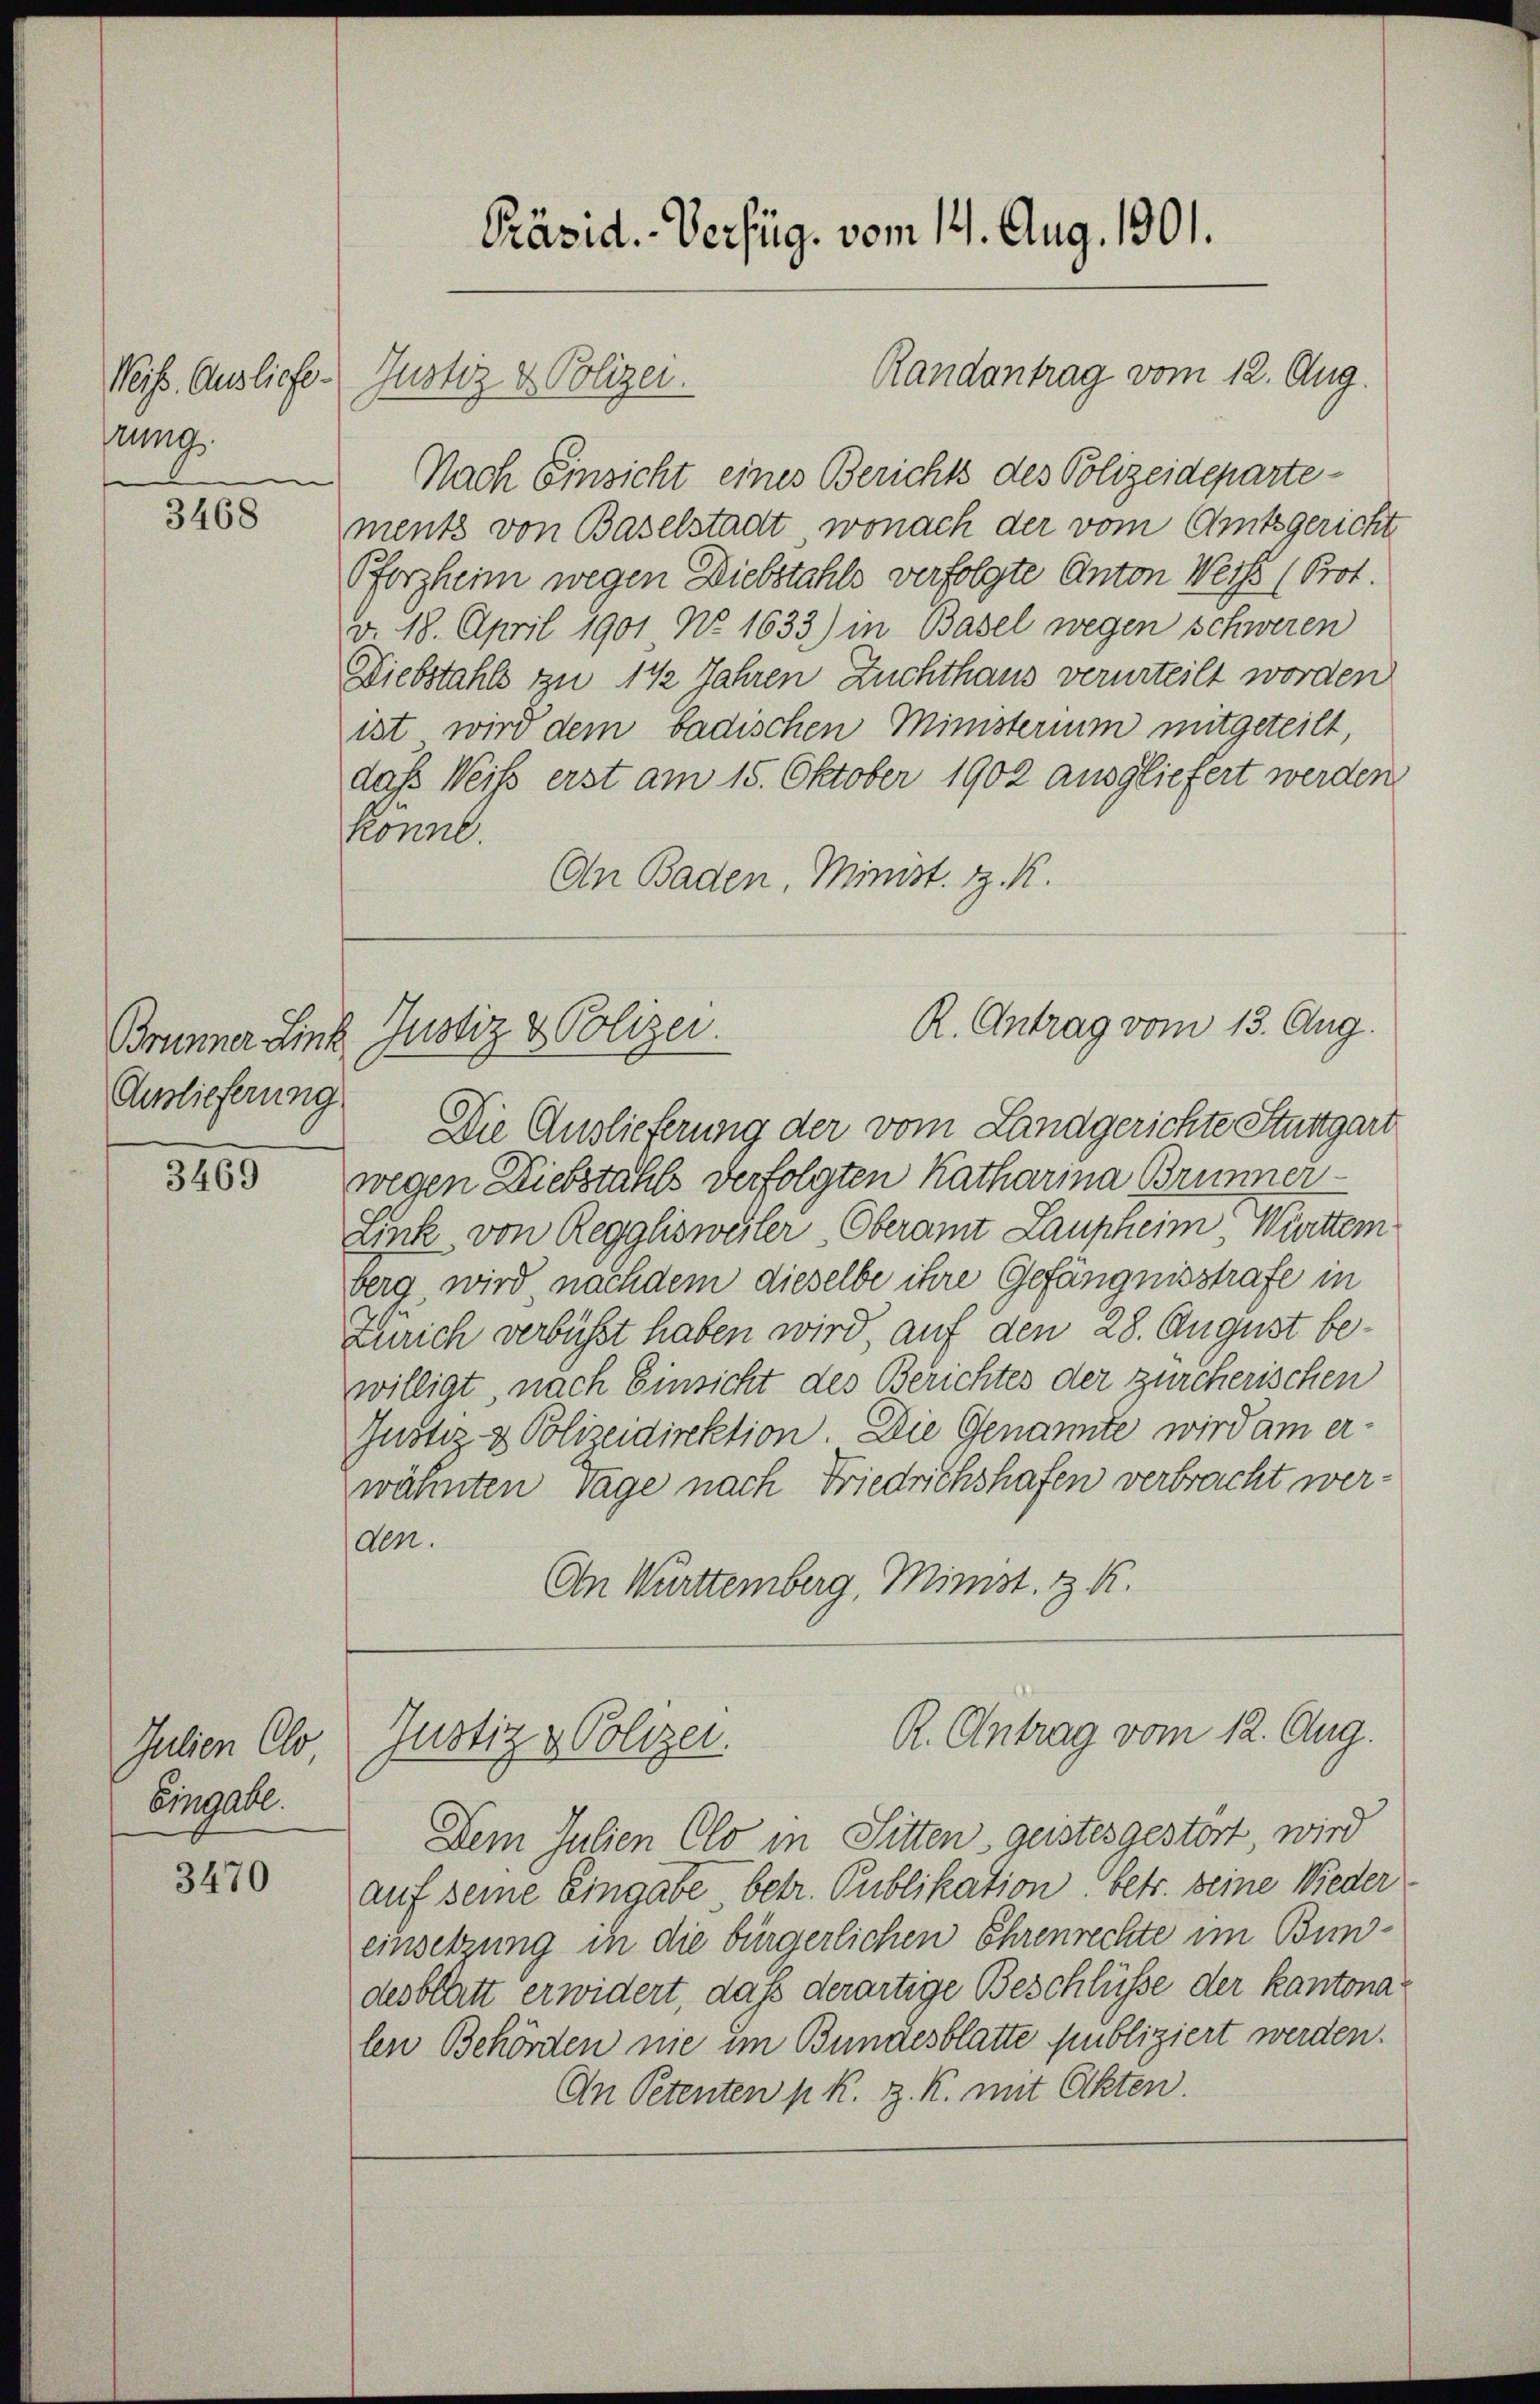
Neiss. Ausliefe.
rung.
e

3468

Brunner Link
Auslieferung

3469

Julien Clo
Eingabe.

3470

Könne.

Nach Einsicht eines Berichts des Polizeidepartements von Baselstadt, wonach der vom Amtsgericht
Pforzheim wegen Diebstahls verfolgte Anton Werts (Prot.
d. 18. April 1901 No. 1633) in Basel wegen schweren
Diebstahls zu 1 ½ Jahren Zuchthaus verurteilt worden
ist wird dem badischen Ministerium mitgeteilt
daß Weiß erst am 15. Oktober 1902 ausgliefert werden
An Baden, Minist. Z. K.
R. Antrag vom 13. Aug.
Justiz & Polizei.
Die Auslieferung der vom Landgerichte Stuttgart
wegen Diebstahls verfolgten Katharina Brunner¬
Link von Regglisweiler Oberamt Laupheim Württem
berg wird nachdem dieselbe ihre Gefängnisstrafe in
Zürich verbüsst haben wird, auf den 28. August bewilligt, nach Einsicht des Berichtes der zürcherischen
Justiz- & Polizeidirektion. Die Genannte wird am er-
wähnten Tage nach Friedrichshafen verbracht werden.
An Württemberg, Minist. z. K.

Justiz & Polizei.

Präsid. Verfüg, vom 12. Aug. 1901.

Randantrag vom 12. Aug.

Dem Julien Clo in Sitten geistes gestört, wird
auf seine Eingabe betr. Publikation betr. seine Nieder
einsetzung in die bürgerlichen Ehrenrechte im Bundesblatt erwidert, daß derartige Beschlüsse der kantonalen Behörten nie im Bundesblatte publiziert werden.
An Petenten p. k. z. K. mit Okten.

R. Antrag vom 12. Aug.
Justiz & Polizei.